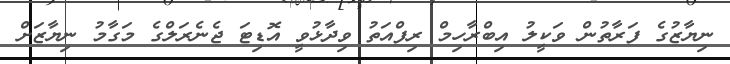
ނިޔާޒުގެ ފަރާތުން ވަކީލު އިބްރާހިމް ރިފްއަތު ވިދާޅުވީ އޮޑިޓަ ޖެނެރަލްގެ މަގާމު ނިޔާޒަށް